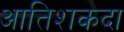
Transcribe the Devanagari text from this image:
आतिशकदा